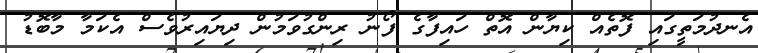
އެނދުމަތީގައި ފޮތެއް ކިޔާން އޮތް ހައިފާގެ ފޯނު ރިންގުވަމުން ދިޔައިރުވެސް އެކަމާ މާބޮޑު